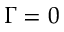
\Gamma = 0